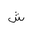
Letter: _shin